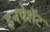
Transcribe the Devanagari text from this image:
इनपेशेंट